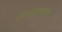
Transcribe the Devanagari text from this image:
कारखानदारात